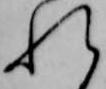
れ